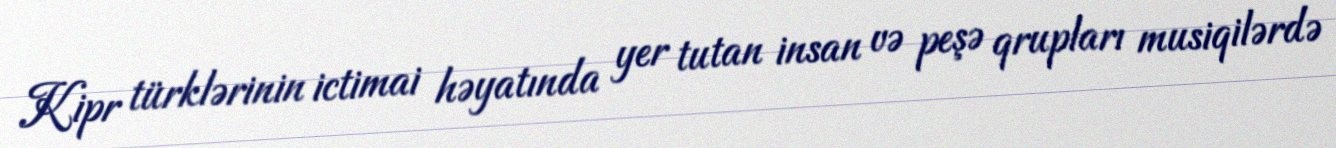
Kipr türklərinin ictimai həyatında yer tutan insan və peşə qrupları musiqilərdə